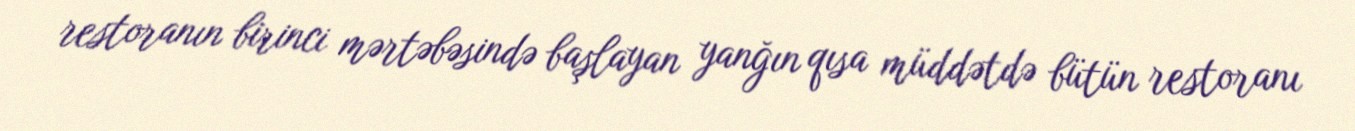
restoranın birinci mərtəbəsində başlayan yanğın qısa müddətdə bütün restoranı